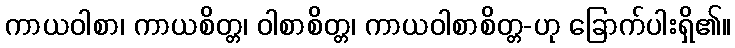
ကာယဝါစာ၊ ကာယစိတ္တ၊ ဝါစာစိတ္တ၊ ကာယဝါစာစိတ္တ-ဟု ခြောက်ပါးရှိ၏။